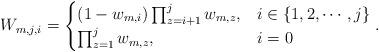
LaTeX: \begin{align*}&W_{m,j,i}=\begin{cases}(1-w_{m,i})\prod_{z=i+1}^jw_{m,z},&i\in\{1,2,\cdots,j\}\\\prod_{z=1}^jw_{m,z}, & i = 0\end{cases}.\end{align*}